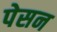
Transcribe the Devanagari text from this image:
पेसन